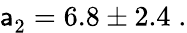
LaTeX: \mathsf{a}_{2}^{\phantom{l}}=6.8\pm2.4\; .